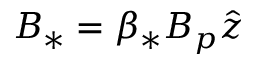
\begin{array} { r } { B _ { * } = \beta _ { * } B _ { p } \hat { z } } \end{array}